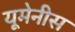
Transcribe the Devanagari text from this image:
यूमेनीस